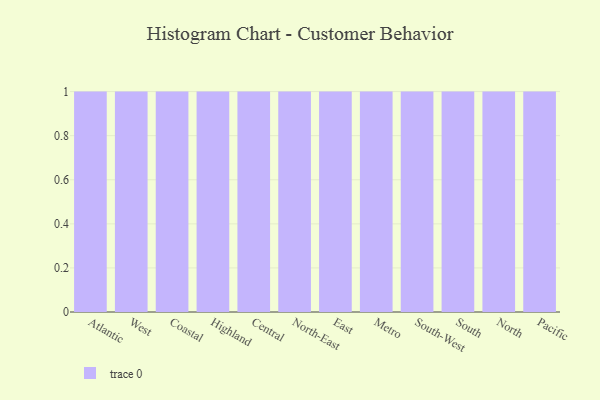
{"axis": {"x": "Region", "y": "LTV (USD)"}, "legend": [""], "data": [{"x": "Atlantic", "y": 80, "type": ""}, {"x": "West", "y": 9, "type": ""}, {"x": "Coastal", "y": 40, "type": ""}, {"x": "Highland", "y": 9, "type": ""}, {"x": "Central", "y": 10, "type": ""}, {"x": "North-East", "y": 35, "type": ""}, {"x": "East", "y": 100, "type": ""}, {"x": "Metro", "y": 99, "type": ""}, {"x": "South-West", "y": 71, "type": ""}, {"x": "South", "y": 91, "type": ""}, {"x": "North", "y": 47, "type": ""}, {"x": "Pacific", "y": 67, "type": ""}]}